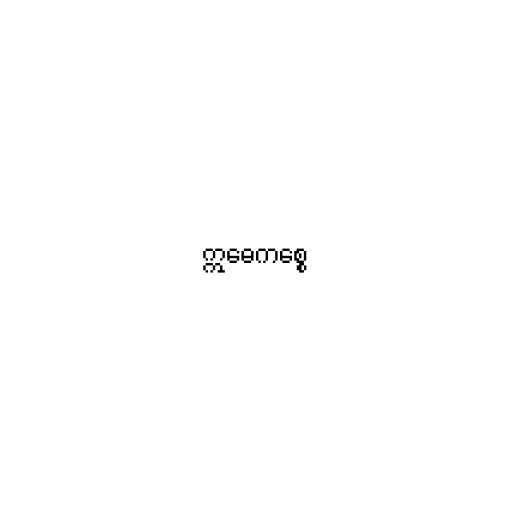
ဣဓေကစ္စေ